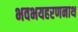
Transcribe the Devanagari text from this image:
भवभयहरणनाथ